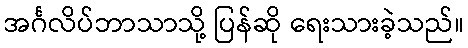
အင်္ဂလိပ်ဘာသာသို့ ပြန်ဆို ရေးသားခဲ့သည်။